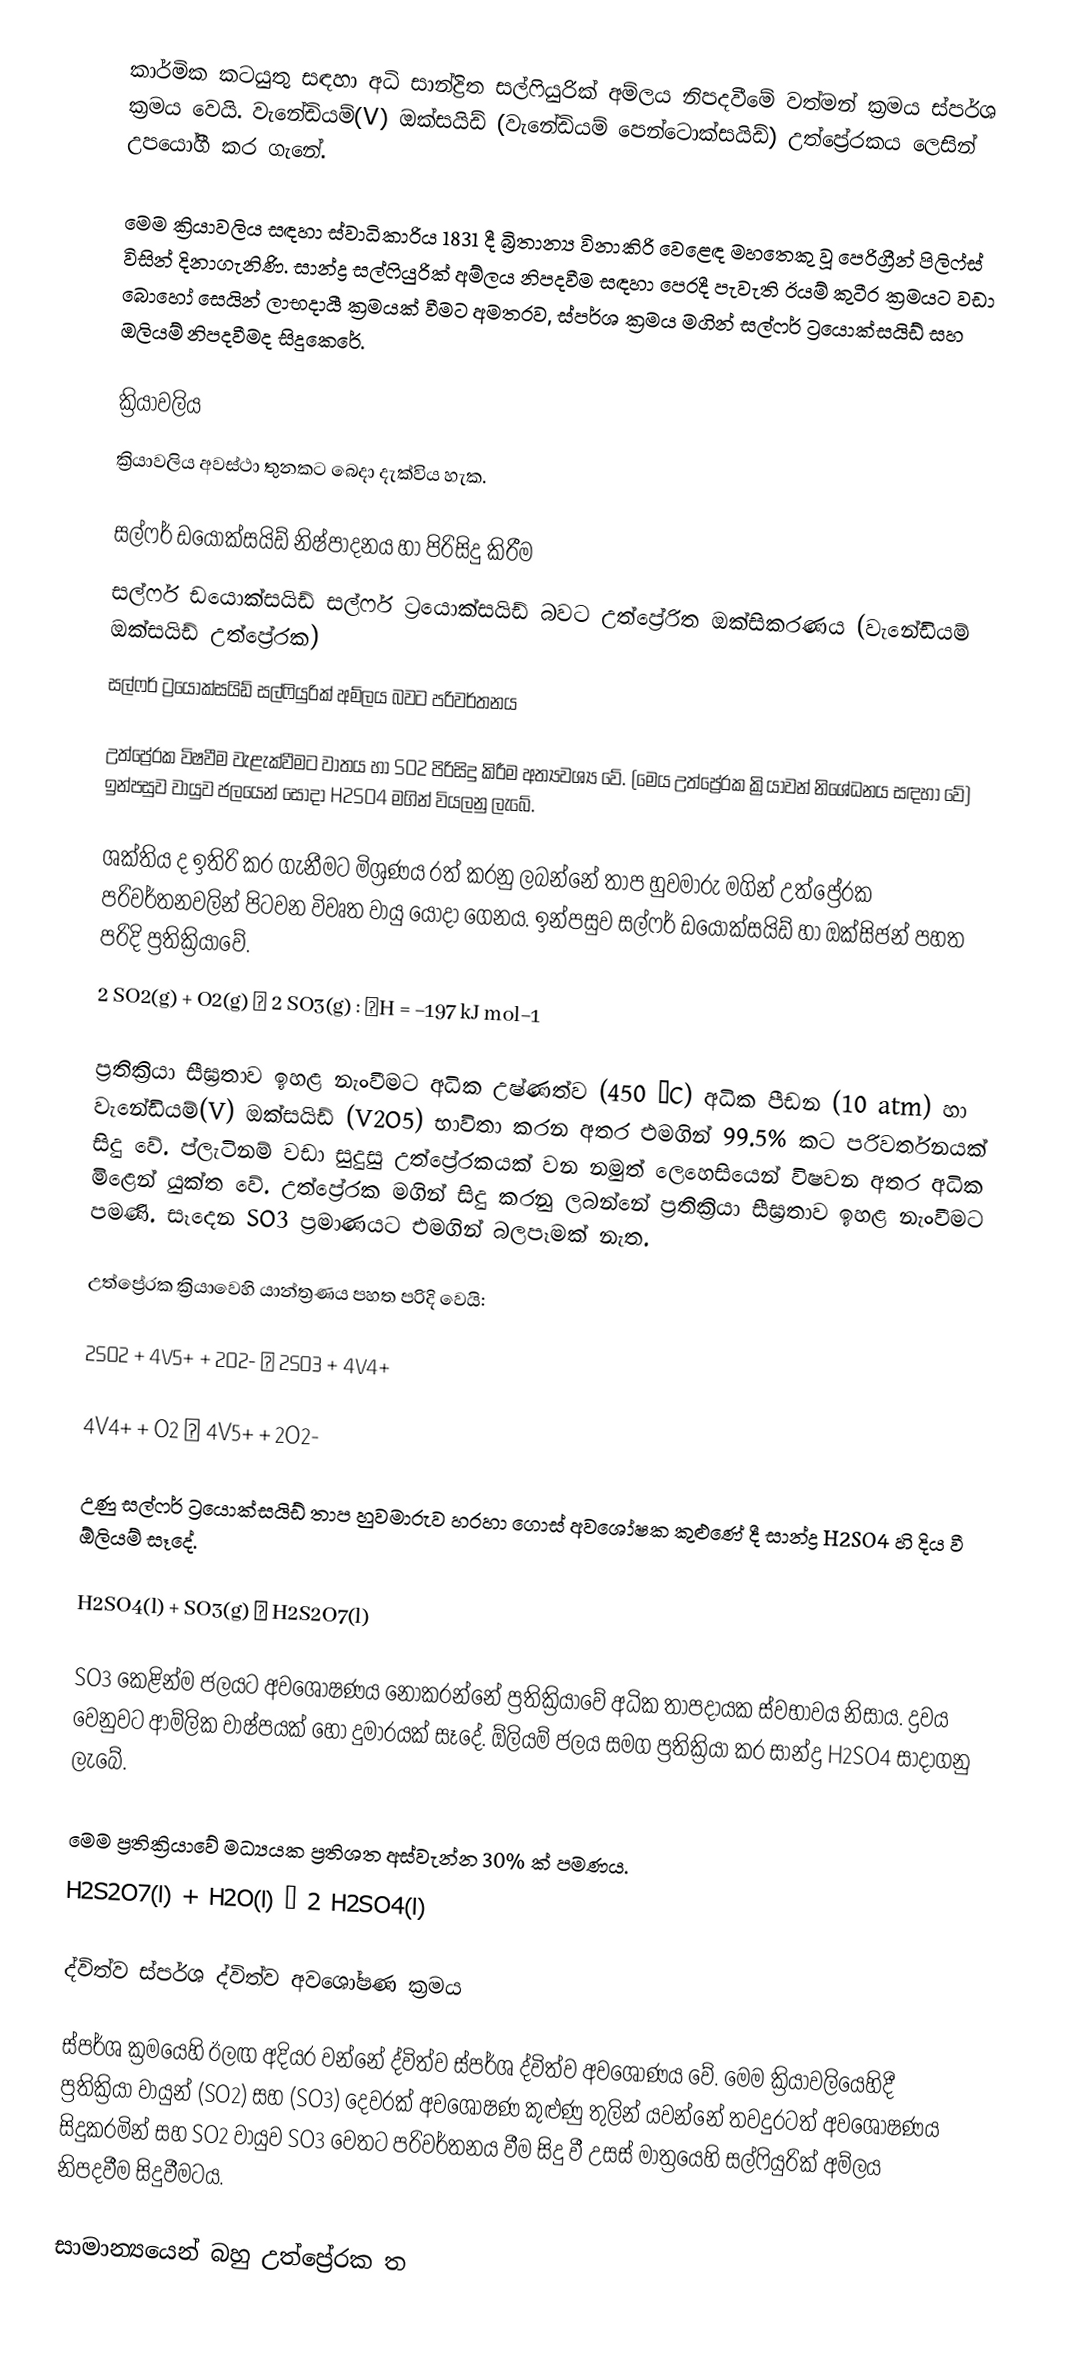
කාර්මික කටයුතු සඳහා අධි සාන්ද්‍රිත  සල්ෆියුරික් අම්ලය නිපදවීමේ වත්මන් ක්‍රමය ස්පර්ශ ක්‍රමය වෙයි.  වැනේඩියම්(V) ඔක්සයිඩ් (වැනේඩියම් පෙන්ටොක්සයිඩ්)  උත්ප්‍රේරකය ලෙසින් උපයෝගී කර ගැනේ.

මෙම ක්‍රියාවලිය සඳහා ස්වාධිකාරිය 1831 දී බ්‍රිතාන්‍ය  විනාකිරි වෙළෙඳ මහතෙකු වූ පෙරිග්‍රීන් පිලිෆ්ස් විසින් දිනාගැනිණි. සාන්ද්‍ර සල්ෆියුරික් අම්ලය නිපදවීම සඳහා පෙරදී පැවැති ඊයම් කුටීර ක්‍රමයට වඩා බොහෝ සෙයින් ලාභදායී ක්‍රමයක් වීමට අමතරව, ස්පර්ශ ක්‍රමය මගින්  සල්ෆර් ට්‍රයොක්සයිඩ් සහ ඔලියම් නිපදවීමද සිදුකෙරේ.

ක්‍රියාවලිය
ක්‍රියාවලිය අවස්ථා තුනකට බෙදා දැක්විය හැක.

සල්ෆර් ඩයොක්සයිඩ් නිෂ්පාදනය හා පිරිසිදු කිරීම
සල්ෆර් ඩයොක්සයිඩ් සල්ෆර් ට්‍රයොක්සයිඩ් බවට උත්ප්‍රේරිත ඔක්සිකරණය (වැනේඩියම් ඔක්සයිඩ් උත්ප්‍රේරක)
සල්ෆර් ට්‍රයොක්සයිඩ් සල්ෆියුරික් අම්ලය බවට පරිවර්තනය

උත්ප්‍රේරක විෂවීම වැළැක්වීමට වාතය හා SO2 පිරිසිදු කිරීම අත්‍යවශ්‍ය වේ. (මෙය උත්ප්‍රේරක ක්‍රියාවන් නිශේධනය සඳහා වේ) ඉන්පසුව වායුව ජලයෙන් සෝදා H2SO4 මගින් වියලනු ලැබේ.

ශක්තිය ද ඉතිරි කර ගැනීමට මිශ්‍රණය රත් කරනු ලබන්නේ තාප හුවමාරු මගින් උත්ප්‍රේරක පරිවර්තනවලින් පිටවන විවෘත වායු යොදා ගෙනය. ඉන්පසුව සල්ෆර් ඩයොක්සයිඩ් හා ඔක්සිජන් පහත පරිදි ප්‍රතික්‍රියාවේ.
2 SO2(g) + O2(g) ⇌ 2 SO3(g) : ΔH = −197 kJ mol−1

ප්‍රතික්‍රියා සීඝ්‍රතාව ඉහළ නැංවීමට අධික උෂ්ණත්ව (450 °C)  අධික පීඩන (10 atm)  හා වැනේඩියම්(V) ඔක්සයිඩ් (V2O5)   භාවිතා කරන අතර එමගින් 99.5% කට පරිවර්තනයක් සිදු වේ. ප්ලැටිනම් වඩා සුදුසු උත්ප්‍රේරකයක් වන නමුත් ලෙහෙසියෙන් විෂවන අතර අධික මිළෙන් යුක්ත වේ. උත්ප්‍රේරක මගින් සිදු කරනු ලබන්නේ ප්‍රතික්‍රියා සීඝ්‍රතාව ඉහළ නැංවීමට පමණි. සෑදෙන SO3 ප්‍රමාණයට එමගින් බලපෑමක් නැත.

උත්ප්‍රේරක ක්‍රියාවෙහි යාන්ත්‍රණය පහත පරිදි වෙයි:

 2SO2 + 4V5+ + 2O2- → 2SO3 + 4V4+

 4V4+ + O2 → 4V5+ + 2O2-

උණු සල්ෆර් ට්‍රයොක්සයිඩ් තාප හුවමාරුව හරහා ගොස් අවශෝෂක කුළුණේ දී සාන්ද්‍ර H2SO4 හි දිය වී ඕලියම් සෑදේ.

H2SO4(l) + SO3(g) → H2S2O7(l)

SO3 කෙළින්ම ජලයට අවශෝෂණය නොකරන්නේ ප්‍රතික්‍රියාවේ අධික තාපදායක ස්වභාවය නිසාය. ද්‍රවය වෙනුවට ආම්ලික වාෂ්පයක් හෝ දුමාරයක් සෑදේ. ඕලියම් ජලය සමග ප්‍රතික්‍රියා කර සාන්ද්‍ර H2SO4 සාදාගනු ලැබේ.

මෙම ප්‍රතික්‍රියාවේ මධ්‍යයක ප්‍රතිශත අස්වැන්න 30% ක් පමණය.
H2S2O7(l) + H2O(l) → 2 H2SO4(l)

ද්විත්ව ස්පර්ශ ද්විත්ව අවශෝෂණ ක්‍රමය

ස්පර්ශ ක්‍රමයෙහි ඊලඟ අදියර වන්නේ ද්විත්ව ස්පර්ශ ද්විත්ව අවශෝණය වේ. මෙම ක්‍රියාවලියෙහිදී ප්‍රතික්‍රියා වායුන් (SO2) සහ (SO3) දෙවරක් අවශෝෂණ කුළුණු තුලින් යවන්නේ තවදුරටත් අවශෝෂණය සිදුකරමින් සහ  SO2 වායුව SO3 වෙතට පරිවර්තනය වීම සිදු වී උසස් මාත්‍රයෙහි සල්ෆියුරික් අම්ලය නිපදවීම සිදුවීමටය.

සාමාන්‍යයෙන් බහු උත්ප්‍රේරක ත